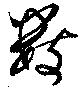
數